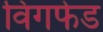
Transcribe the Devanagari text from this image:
विंगफेड